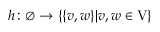
h \colon \emptyset \rightarrow \left\{ \left\{ v , w \right\} \middle | v , w \in \mathrm { V } \right\}